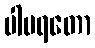
ပါပရတော